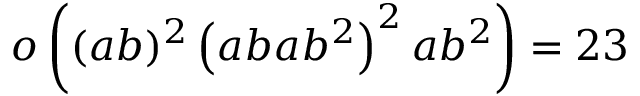
o \left( ( a b ) ^ { 2 } \left( a b a b ^ { 2 } \right) ^ { 2 } a b ^ { 2 } \right) = 2 3